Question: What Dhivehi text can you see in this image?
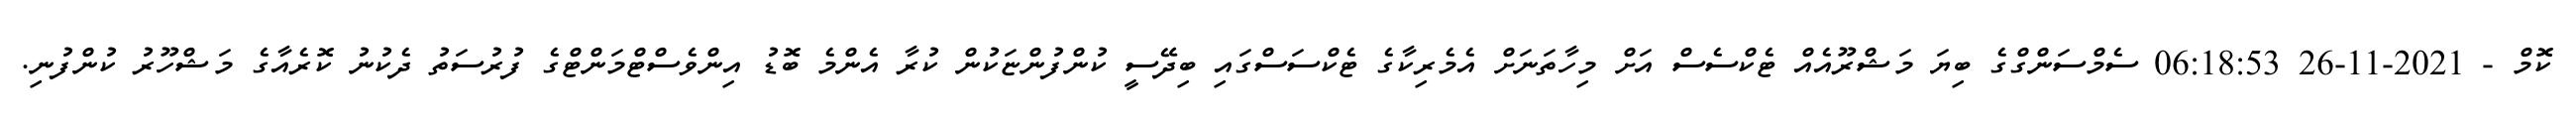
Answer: ކޮމް - 2021-11-26 06:18:53 ސެމްސަންގްގެ ބިޔަ މަޝްރޫއެއް ޓެކްސެސް އަށް މިހާތަނަށް އެމެރިކާގެ ޓެކްސަސްގައި ބިދޭސީ ކުންފުންޏަކުން ކުރާ އެންމެ ބޮޑު އިންވެސްޓްމަންޓްގެ ފުރުސަތު ދެކުނު ކޮރެއާގެ މަޝްހޫރު ކުންފުނި.